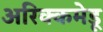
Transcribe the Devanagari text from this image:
अरिक्कमेडू